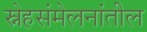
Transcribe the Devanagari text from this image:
स्नेहसंमेलनांतील